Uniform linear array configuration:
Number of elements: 4
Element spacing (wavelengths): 0.5
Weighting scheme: kaiser
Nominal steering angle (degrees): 15
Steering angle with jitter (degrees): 16.964
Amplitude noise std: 0.05
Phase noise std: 0.05

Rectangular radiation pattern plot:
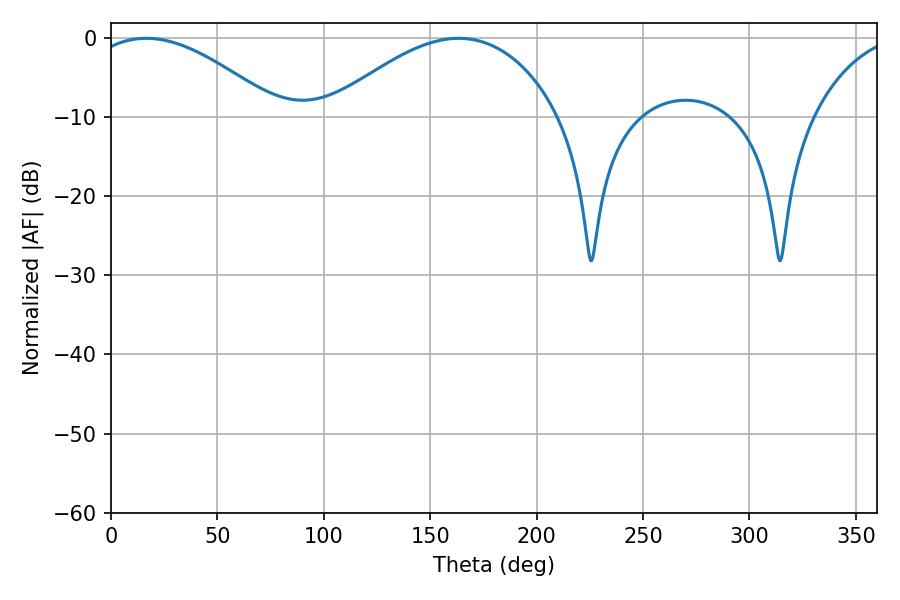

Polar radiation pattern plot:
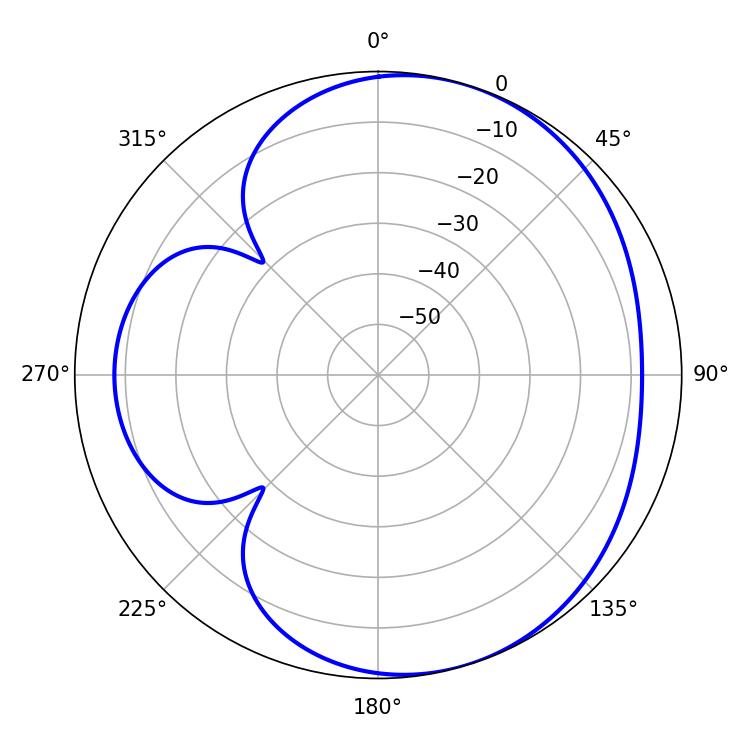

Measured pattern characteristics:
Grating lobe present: FALSE
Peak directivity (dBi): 4.742
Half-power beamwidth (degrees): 49.32
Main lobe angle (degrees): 16.56